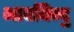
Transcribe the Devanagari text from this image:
भावबिन्दु